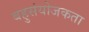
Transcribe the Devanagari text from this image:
बहुसंयोजकता